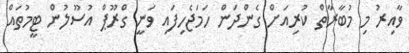
ވާއިރު މި މުބާރާތް ކުރިއަށް ގެންދަން ހަމަޖެހިފައި ވަނީ ގްރޫޕް އުސޫލުން ޓީމުތައް